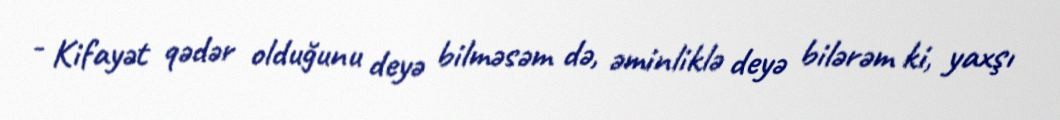
- Kifayət qədər olduğunu deyə bilməsəm də, əminliklə deyə bilərəm ki, yaxşı